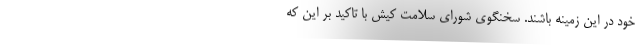
خود در این زمینه باشند. سخنگوی شورای سلامت کیش با تاکید بر این که